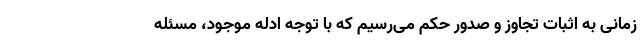
زمانی به اثبات تجاوز و صدور حکم می‌رسیم که با توجه ادله موجود، مسئله